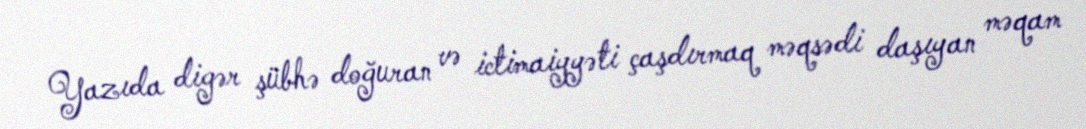
Yazıda digər şübhə doğuran və ictimaiyyəti çaşdırmaq məqsədi daşıyan məqam